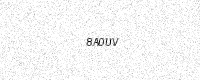
Text: 8A0UV